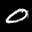
Label: 0